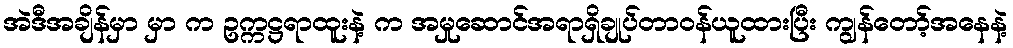
အဲဒီအချိန်မှာ မှာ က ဥက္ကဋ္ဌရာထူးနဲ့ က အမှုဆောင်အရာရှိချုပ်တာဝန်ယူထားပြီး ကျွန်တော့်အနေနဲ့